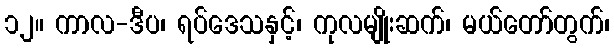
၁၂။ ကာလ-ဒီပ၊ ရပ်ဒေသနှင့်၊ ကုလမျိုးဆက်၊ မယ်တော်တွက်၊